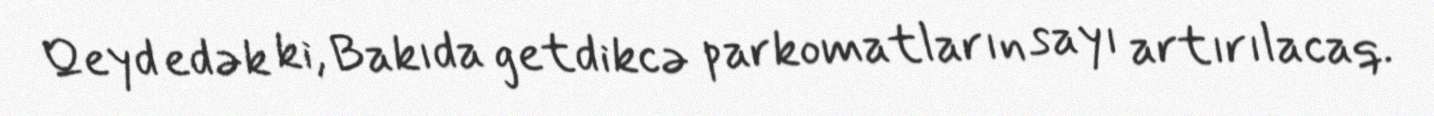
Qeyd edək ki, Bakıda getdikcə parkomatların sayı artırılacaq.